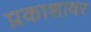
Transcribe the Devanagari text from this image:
प्रकाशावर